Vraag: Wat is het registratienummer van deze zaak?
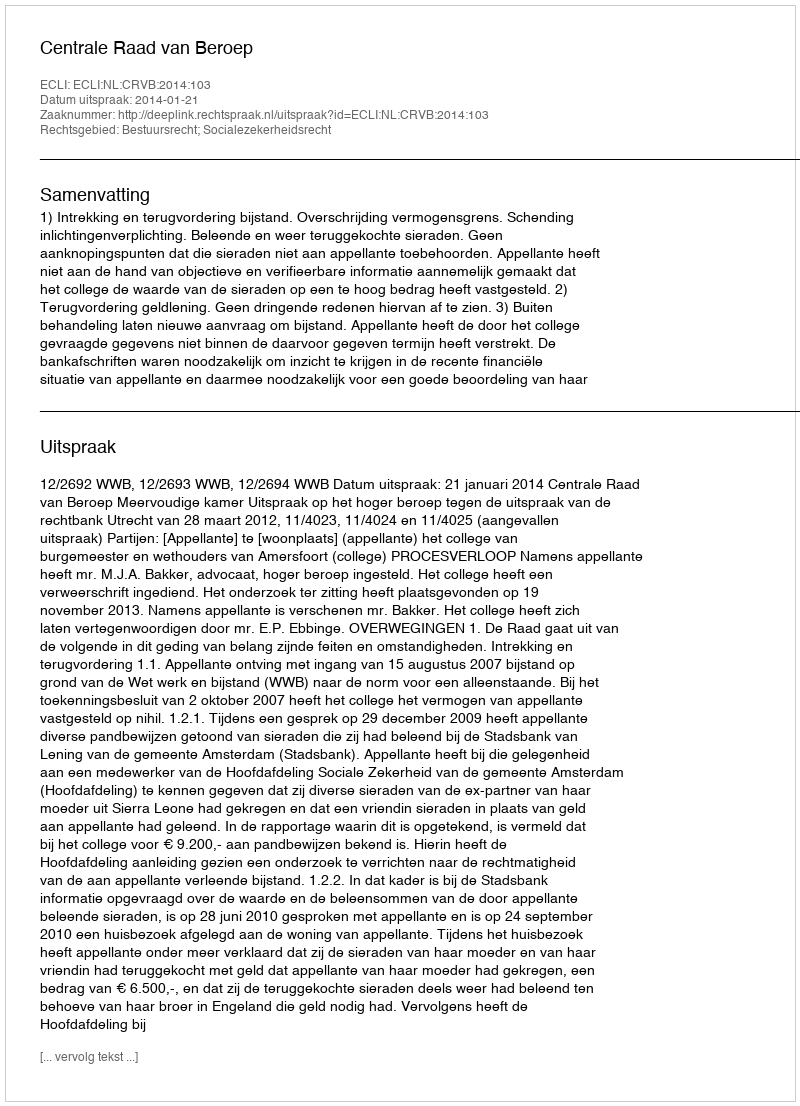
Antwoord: http://deeplink.rechtspraak.nl/uitspraak?id=ECLI:NL:CRVB:2014:103